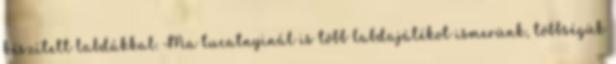
készített labdákkal. Ma tucatnyinál is több labdajátékot ismerünk, többségük